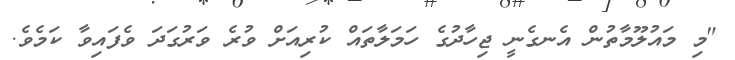
"މި މައުލޫމާތުން އެނގެނީ ޖިހާދުގެ ހަމަލާތައް ކުރިއަށް ވުރެ ވަރުގަދަ ވެފައިވާ ކަމެވެ.